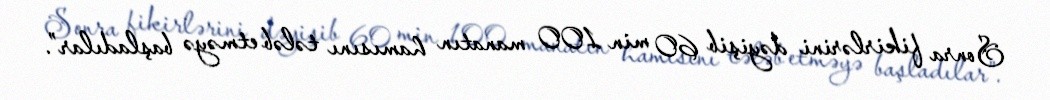
Sonra fikirlərini dəyişib 60 min 100 manatın hamısını tələb etməyə başladılar”.